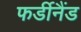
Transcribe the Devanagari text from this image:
फर्डीनैंड